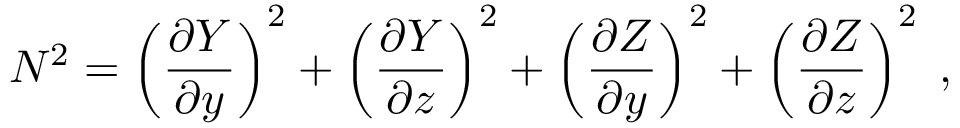
N ^ { 2 } = \left( \frac { \partial Y } { \partial y } \right) ^ { 2 } + \left( \frac { \partial Y } { \partial z } \right) ^ { 2 } + \left( \frac { \partial Z } { \partial y } \right) ^ { 2 } + \left( \frac { \partial Z } { \partial z } \right) ^ { 2 } \; ,